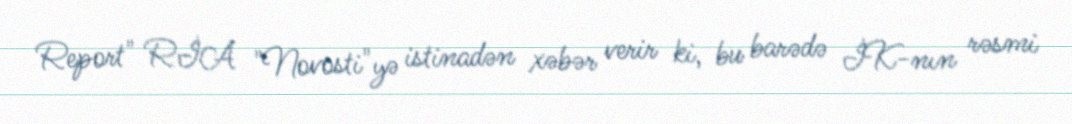
Report" RİA "Novosti"yə istinadən xəbər verir ki, bu barədə İK-nın rəsmi